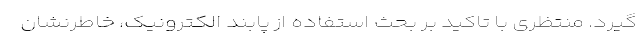
گیرد. منتظری با تاکید بر بحث استفاده از پابند الکترونیک، خاطرنشان